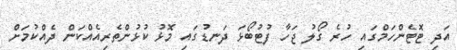
އަދި ޓޮޓެންހަމްގައި ހުރެ ގޯލު ޖަހާ ފުޓުބޯޅަ ދަނޑުގައި މޮޅު ކުޅުންތެރިއެއްކަން ދެއްކުމަށް